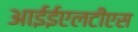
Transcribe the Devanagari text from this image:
आईईएलटीएस